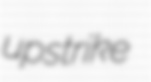
upstrike